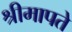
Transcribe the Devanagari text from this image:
श्रीमापते